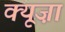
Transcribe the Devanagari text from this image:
क्यूज़ा